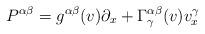
LaTeX: \begin{align*}P^{\alpha\beta}=g^{\alpha\beta}(v) \partial_x +\Gamma^{\alpha\beta}_\gamma(v) v^\gamma_x\end{align*}